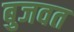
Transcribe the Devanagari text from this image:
बुजवत